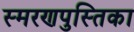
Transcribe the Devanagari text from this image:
स्मरणपुस्तिका